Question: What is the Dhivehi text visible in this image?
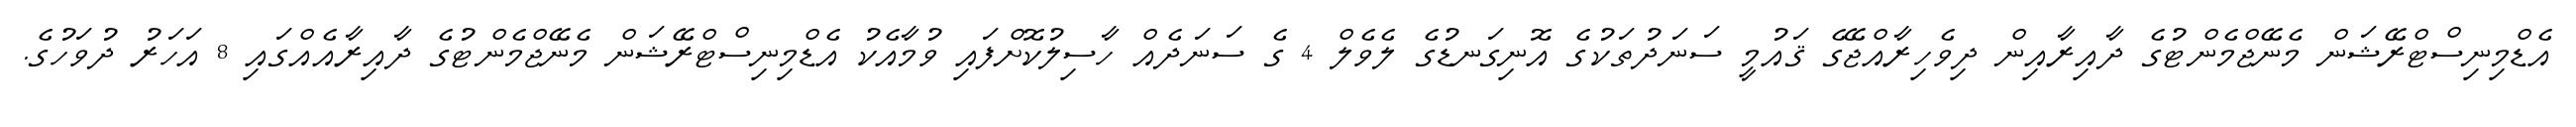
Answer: އެޑްމިނިސްޓްރޭޝަން މެނޭޖްމެންޓުގެ ދާއިރާއިން ދިވެހިރާއްޖޭގެ ޤައުމީ ސަނަދުތަކުގެ އޮނިގަނޑުގެ ލެވެލް 4 ގެ ސަނަދެއް ހާސިލުކޮށްފައި ވުމާއެކު އެޑްމިނިސްޓްރޭޝަން މެނޭޖްމެންޓުގެ ދާއިރާއެއްގައި 8 އަހަރު ދުވަހުގެ.